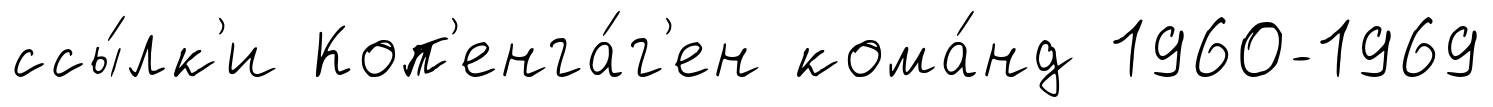
ссы́лк'и Коп'енга́г'ен кома́нд 1960-1969